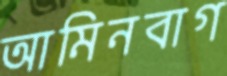
আমিনবাগ